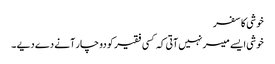
خوشی کا سفر
خوشی ایسے میسر نہیں آتی کہ کسی فقیر کو دو چار آنے دے دیے ۔